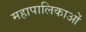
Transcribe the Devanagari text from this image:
महापालिकाओं